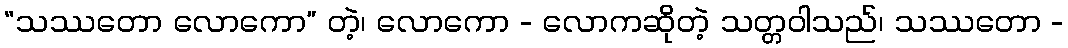
“သဿတော လောကော” တဲ့၊ လောကော - လောကဆိုတဲ့ သတ္တဝါသည်၊ သဿတော -